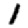
Digit: 1